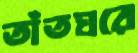
তাঁতঘরে